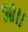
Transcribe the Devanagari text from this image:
९८।।